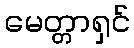
မေတ္တာရှင်